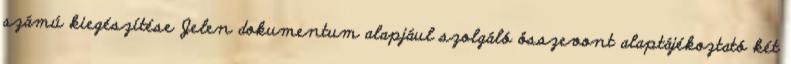
számú kiegészítése Jelen dokumentum alapjául szolgáló összevont alaptájékoztató két